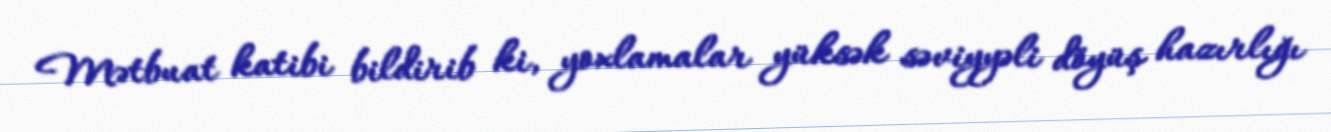
Mətbuat katibi bildirib ki, yoxlamalar yüksək səviyyəli döyüş hazırlığı